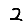
Digit: 2